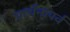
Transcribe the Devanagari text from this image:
प्रार्थनापर्व